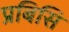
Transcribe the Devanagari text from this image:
प्रबिसि